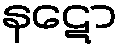
နဋော